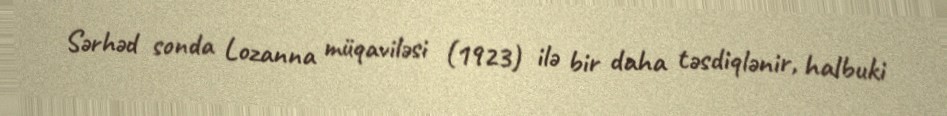
Sərhəd sonda Lozanna müqaviləsi (1923) ilə bir daha təsdiqlənir, halbuki